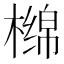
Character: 𰘣